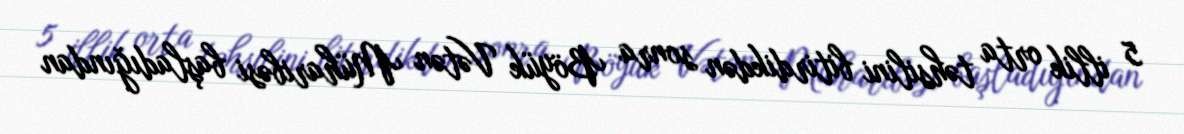
5 illik orta təhsilini bitirdikdən sonra Böyük Vətən Müharibəsi başladığından